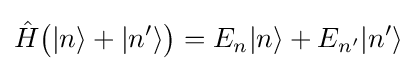
{\hat {H}}{\big (}|n\rangle +|n'\rangle {\big )}=E_{n}|n\rangle +E_{n'}|n'\rangle